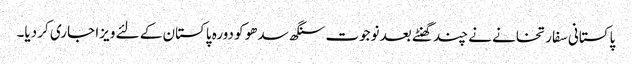
پاکستانی سفارتخانے نے چند گھنٹے بعد نوجوت سنگھ سدھو کو دورہ پاکستان کے لئے ویزا جاری کر دیا۔